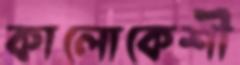
কালোকেশী